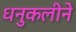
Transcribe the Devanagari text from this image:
धनुकलीने